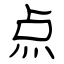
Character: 点